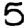
Digit: 5